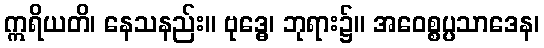
ဣရိယတိ၊ နေသနည်း။ ဗုဒ္ဓေ၊ ဘုရား၌။ အဝေစ္စပ္ပသာဒေန၊